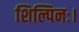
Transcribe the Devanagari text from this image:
शिल्पिनः।